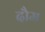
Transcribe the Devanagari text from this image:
दौम